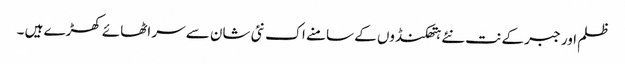
ظلم اور جبر کے نت نئے ہتھکنڈوں کے سامنے اک نئی شان سے سر اٹھائے کھڑے ہیں ۔